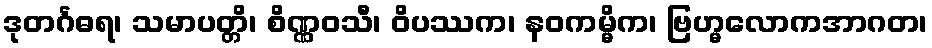
ဒုတင်္ဂဓရ၊ သမာပတ္တိ၊ စိဏ္ဏဝသီ၊ ဝိပဿက၊ နဝကမ္မိက၊ ဗြဟ္မလောကအာဂတ၊